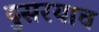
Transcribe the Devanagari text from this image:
दुसरयाच